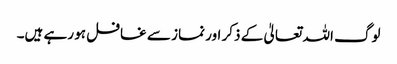
لوگ اللہ تعالیٰ کے ذکر اور نماز سے غافل ہو رہے ہیں۔